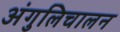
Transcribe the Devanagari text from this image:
अंगुलिचालन